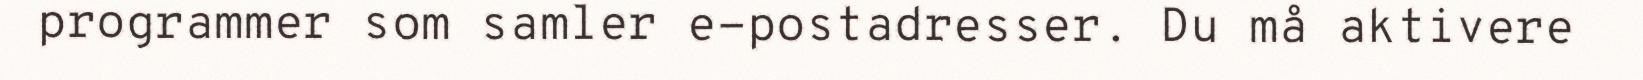
programmer som samler e-postadresser. Du må aktivere